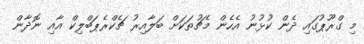
މި ގްރޫޕުގައި ދެން ކުޅުނު އެހެން މެޗުތަކަށް ބަލާއިރު ޗެކްރެޕަބްލިކް އާއި ނޮދާން